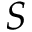
S